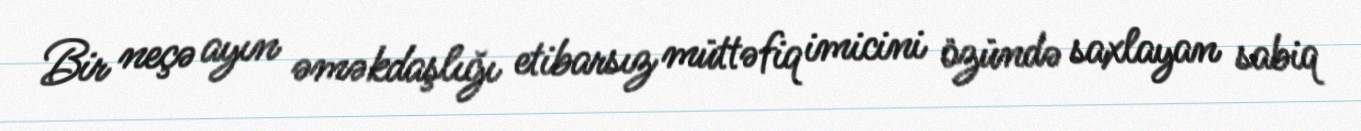
Bir neçə ayın əməkdaşlığı etibarsız müttəfiq imicini özündə saxlayan sabiq